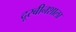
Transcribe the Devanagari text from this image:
दूरबीनशाला